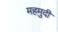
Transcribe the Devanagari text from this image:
महमुदी